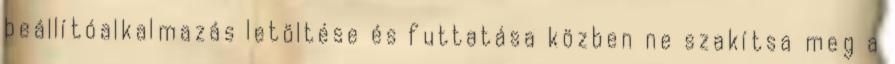
beállítóalkalmazás letöltése és futtatása közben ne szakítsa meg a